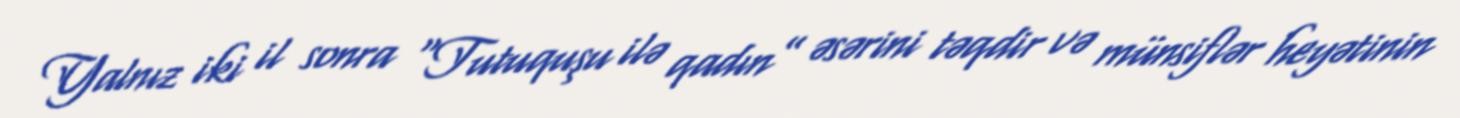
Yalnız iki il sonra “Tutuquşu ilə qadın” əsərini təqdir və münsiflər heyətinin